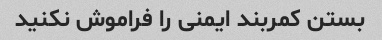
بستن کمربند ایمنی را فراموش نکنید